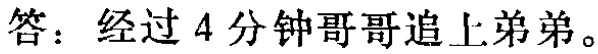
答：经过 4 分钟哥哥追上弟弟。